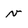
Character: v